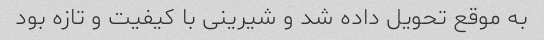
به موقع تحویل داده شد و شیرینی با کیفیت و تازه بود